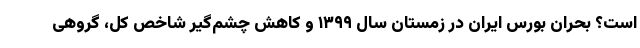
است؟ بحران بورس ایران در زمستان سال ۱۳۹۹ و کاهش چشم‌گیر شاخص کل، گروهی